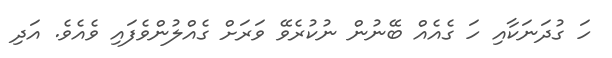
ހަ ގުދަނަކާއި ހަ ގެއެއް ބޭނުން ނުކުރެވޭ ވަރަށް ގެއްލުންވެފައި ވެއެވެ. އަދި